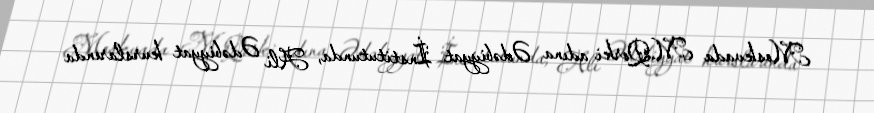
Moskvada M.Qorki adına Ədəbiyyat İnstitutunda, Ali Ədəbiyyat kurslarında